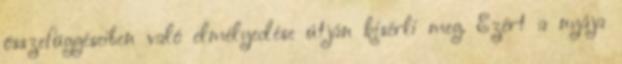
összefüggéseiben való elmélyedése útján kisérli meg. Ezért a nyája